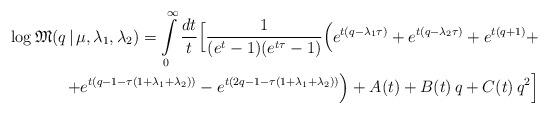
LaTeX: \begin{align*}\log\mathfrak{M}(q\,|\,\mu,\lambda_1,\lambda_2) =\int\limits_0^\infty \frac{dt}{t}\Bigl[\frac{1}{(e^t-1)(e^{t\tau}-1)}\Bigl(e^{t(q-\lambda_1\tau)}+e^{t(q-\lambda_2\tau)}+e^{t(q+1)}+ \\ +e^{t(q-1-\tau(1+\lambda_1+\lambda_2))}-e^{t(2q-1-\tau(1+\lambda_1+\lambda_2))}\Bigr) + A(t)+B(t)\,q+C(t)\,q^2\Bigr]\end{align*}